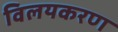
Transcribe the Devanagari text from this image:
विलयकरण